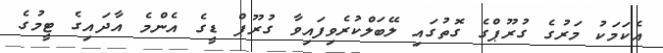
އެކަމަކު މަރުގެ ގުރޫޕްގެ ގޮތުގައި ލޭބަލްކުރެވިފައިވާ ގުރޫޕް ޑީގެ އެންމެ އާދައިގެ ޓީމުގެ